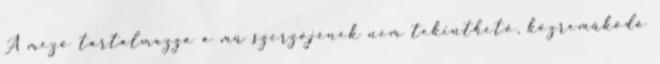
A mező tartalmazza a mű szerzőjének nem tekinthető, közreműködő